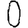
Digit: 0